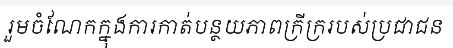
រួមចំណែកក្នុងការកាត់បន្ថយភាពក្រីក្ររបស់ប្រជាជន